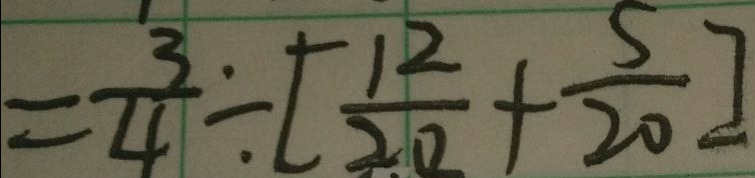
= \frac { 3 } { 4 } \div [ \frac { 1 2 } { 2 0 } + \frac { 5 } { 2 0 } ]